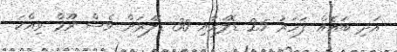
އަދި ބައެއް ފަހަރު 25 ޑޮލަރާއި 30 ޑޮލަރަށް ވެސް ރޫމް ވިއްކަ